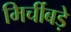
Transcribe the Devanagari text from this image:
मिर्चीबड़े